Leaving Certificate, 1897
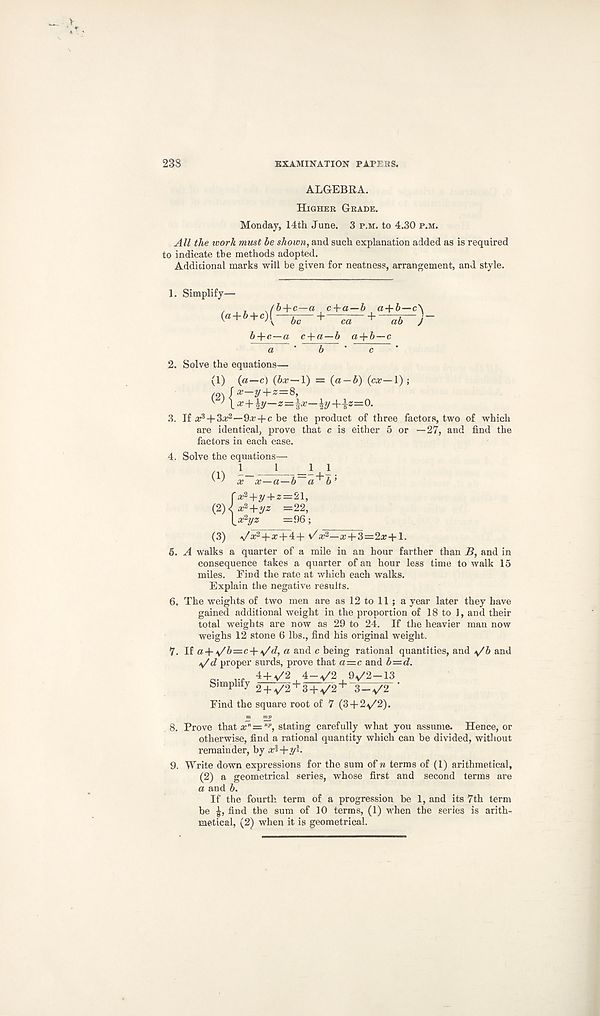
233
EXAMINATION PAPERS.
ALGEBRA.
Higher Grade.
Monday, 14th June. 3 p.m. to 4.30 p.m.
All the work must be shown, and such explanation added as is required
to indicate the methods adopted.
Additional marks will be given for neatness, arrangement, and style.
1. Simplify—
(a+6+c) f^-“ ■ c+a~b a-\-b—c
be
b+c—a c+a—6 a+b—c
2. Solve the equations—
(1) (a—c) (bx 1) = (a —A) (cx—1) ;
ro\ f x-Z/ + z=8,
(;
iy+i*=o.
3. If + 9a; + c be the product of three factors, two of which
are identical, prove that c is either 5 or —27, and find the
factors in each case.
4. Solve the equations—
1_ _L 1 1
' ) a; nc—a — h
ra; 2 +y + z = 21,
(2) < x^+yz =22,
X^x^yz =96;
(3) \/a; 2 +a; + 4+ a? 2 —a; + 3=2a;+1.
5. A walks a quarter of a mile in an hour farther than B, and in
consequence takes a quarter of an hour less time to walk 15
miles. Find the rate at which each walks.
Explain the negative results.
6. The weights of two men are as 12 to 11 ; a year later they have
gained additional weight in the proportion of 18 to 1, and their
total weights are now as 29 to 24. If the heavier man now
weighs 12 stone 6 lbs., find his original weight.
7. If a +\/^= c + a an< l c being rational quantities, and y'ft and
</d proper surds, prove that a—c and b—d.
4 + ^/2 4-V2 9^/2 —13
Simplify 2 + ^/2' r 3 + < /2 + 3-^/2
Find the square root of 7 (3+ 2^/2).
8. Prove that x"= np , stating carefully what you assume. Hence, or
otherwise, find a rational quantity which can be divided, without
remainder, by xl+y’.
9. Write down expressions for the sum of n terms of (1) arithmetical,
(2) a geometrical series, whose first and second terms are
a and 6.
If the fourth term of a progression be 1, and its 7th term
be £, find the sum of 10 terms, (1) when the series is arith-
metical, (2) when it is geometrical.